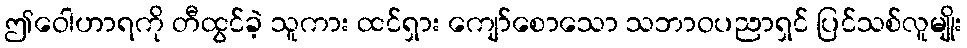
ဤဝေါဟာရကို တီထွင်ခဲ့ သူကား ထင်ရှား ကျော်စောသော သဘာဝပညာရှင် ပြင်သစ်လူမျိုး